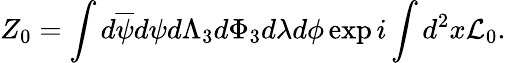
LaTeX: Z_{0}=\int d\overline{{{\psi}}}d\psi d{\Lambda}_{3}d\Phi_{3}d\lambda d\phi\exp i\int d^{2}x{\cal L}_{0}.